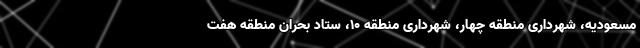
مسعودیه، شهرداری منطقه چهار، شهرداری منطقه ۱۰، ستاد بحران منطقه هفت